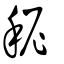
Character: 秜